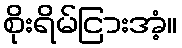
စိုးရိမ်ငြားအံ့။